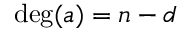
\deg ( a ) = n - d